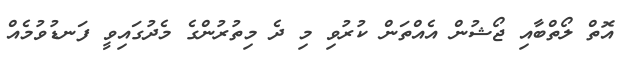
އޮތް ލޯތްބާއި ޖޯޝުން އެއްތަން ކުރުވި މި ދެ މިތުރުންގެ މެދުގައިވީ ފަނޑުވުމެއް